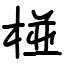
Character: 椪